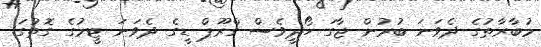
މުބާރާތުގެ ދެވަނަ ބުރުން ޖާގަ ހޯދީވެސް ގްރޫޕް ޑީގެ ދެވަނަ ޓީމުގެ ގޮތުގަ